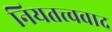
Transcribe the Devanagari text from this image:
नियतत्त्ववाद